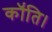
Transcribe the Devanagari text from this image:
कॉंति।